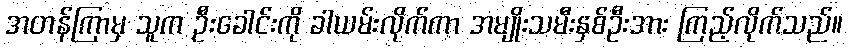
အတန်ကြာမှ သူက ဦးခေါင်းကို ခါယမ်းလိုက်ကာ အမျိုးသမီးနှစ်ဦးအား ကြည့်လိုက်သည်။